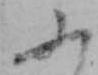
ふ